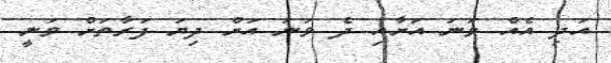
އަދި އެއް ވަނަ އަށާއި ދެ ވަނަ އަށް ދިޔަ ފަރާތަށް ވަނީ